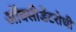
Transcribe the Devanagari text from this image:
ऑक्सीडेंटरोधी